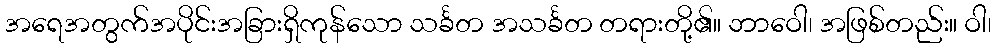
အရေအတွက်အပိုင်းအခြားရှိကုန်သော သင်္ခတ အသင်္ခတ တရားတို့၏။ ဘာဝေါ၊ အဖြစ်တည်း။ ဝါ၊